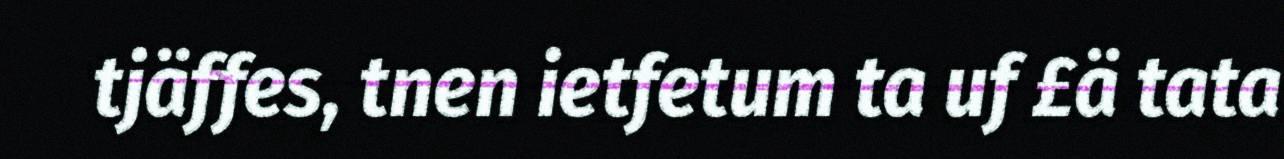
tjäffes, tnen ietfetum ta uf £ä tata